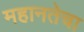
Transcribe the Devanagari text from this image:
महानतेचा